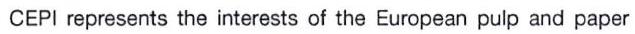
CEPI represents the interests of the European pulp and paper